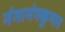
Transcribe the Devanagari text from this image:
नंगानंगकुमार